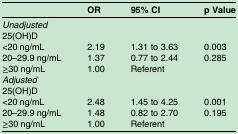
|  | OR | 95% CI | p Value |
 | --- | --- | --- | --- |
 | <COLSPAN=4> Unadjusted |
 | <COLSPAN=4> 25(OH)D |
 | <20 ng/mL | 2.19 | 1.31 to 3.63 | 0.003 |
 | 20–29.9 ng/mL | 1.37 | 0.77 to 2.44 | 0.285 |
 | ≥30 ng/mL | 1.00 | Referent |  |
 | <COLSPAN=4> Adjusted |
 | <COLSPAN=4> 25(OH)D |
 | <20 ng/mL | 2.48 | 1.45 to 4.25 | 0.001 |
 | 20–29.9 ng/mL | 1.48 | 0.82 to 2.70 | 0.195 |
 | ≥30 ng/mL | 1.00 | Referent |  |